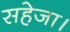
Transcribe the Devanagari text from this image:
सहेजा।